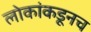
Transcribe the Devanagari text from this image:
लोकांकडूनच